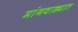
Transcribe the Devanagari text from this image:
मांगवाड्यात